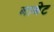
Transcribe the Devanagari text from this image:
नानेट